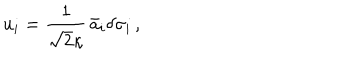
LaTeX: u _ { i } = \frac { 1 } { \sqrt { 2 } \kappa } \, \bar { a } _ { i } \delta \sigma _ { i } \, ,